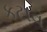
કટાવ